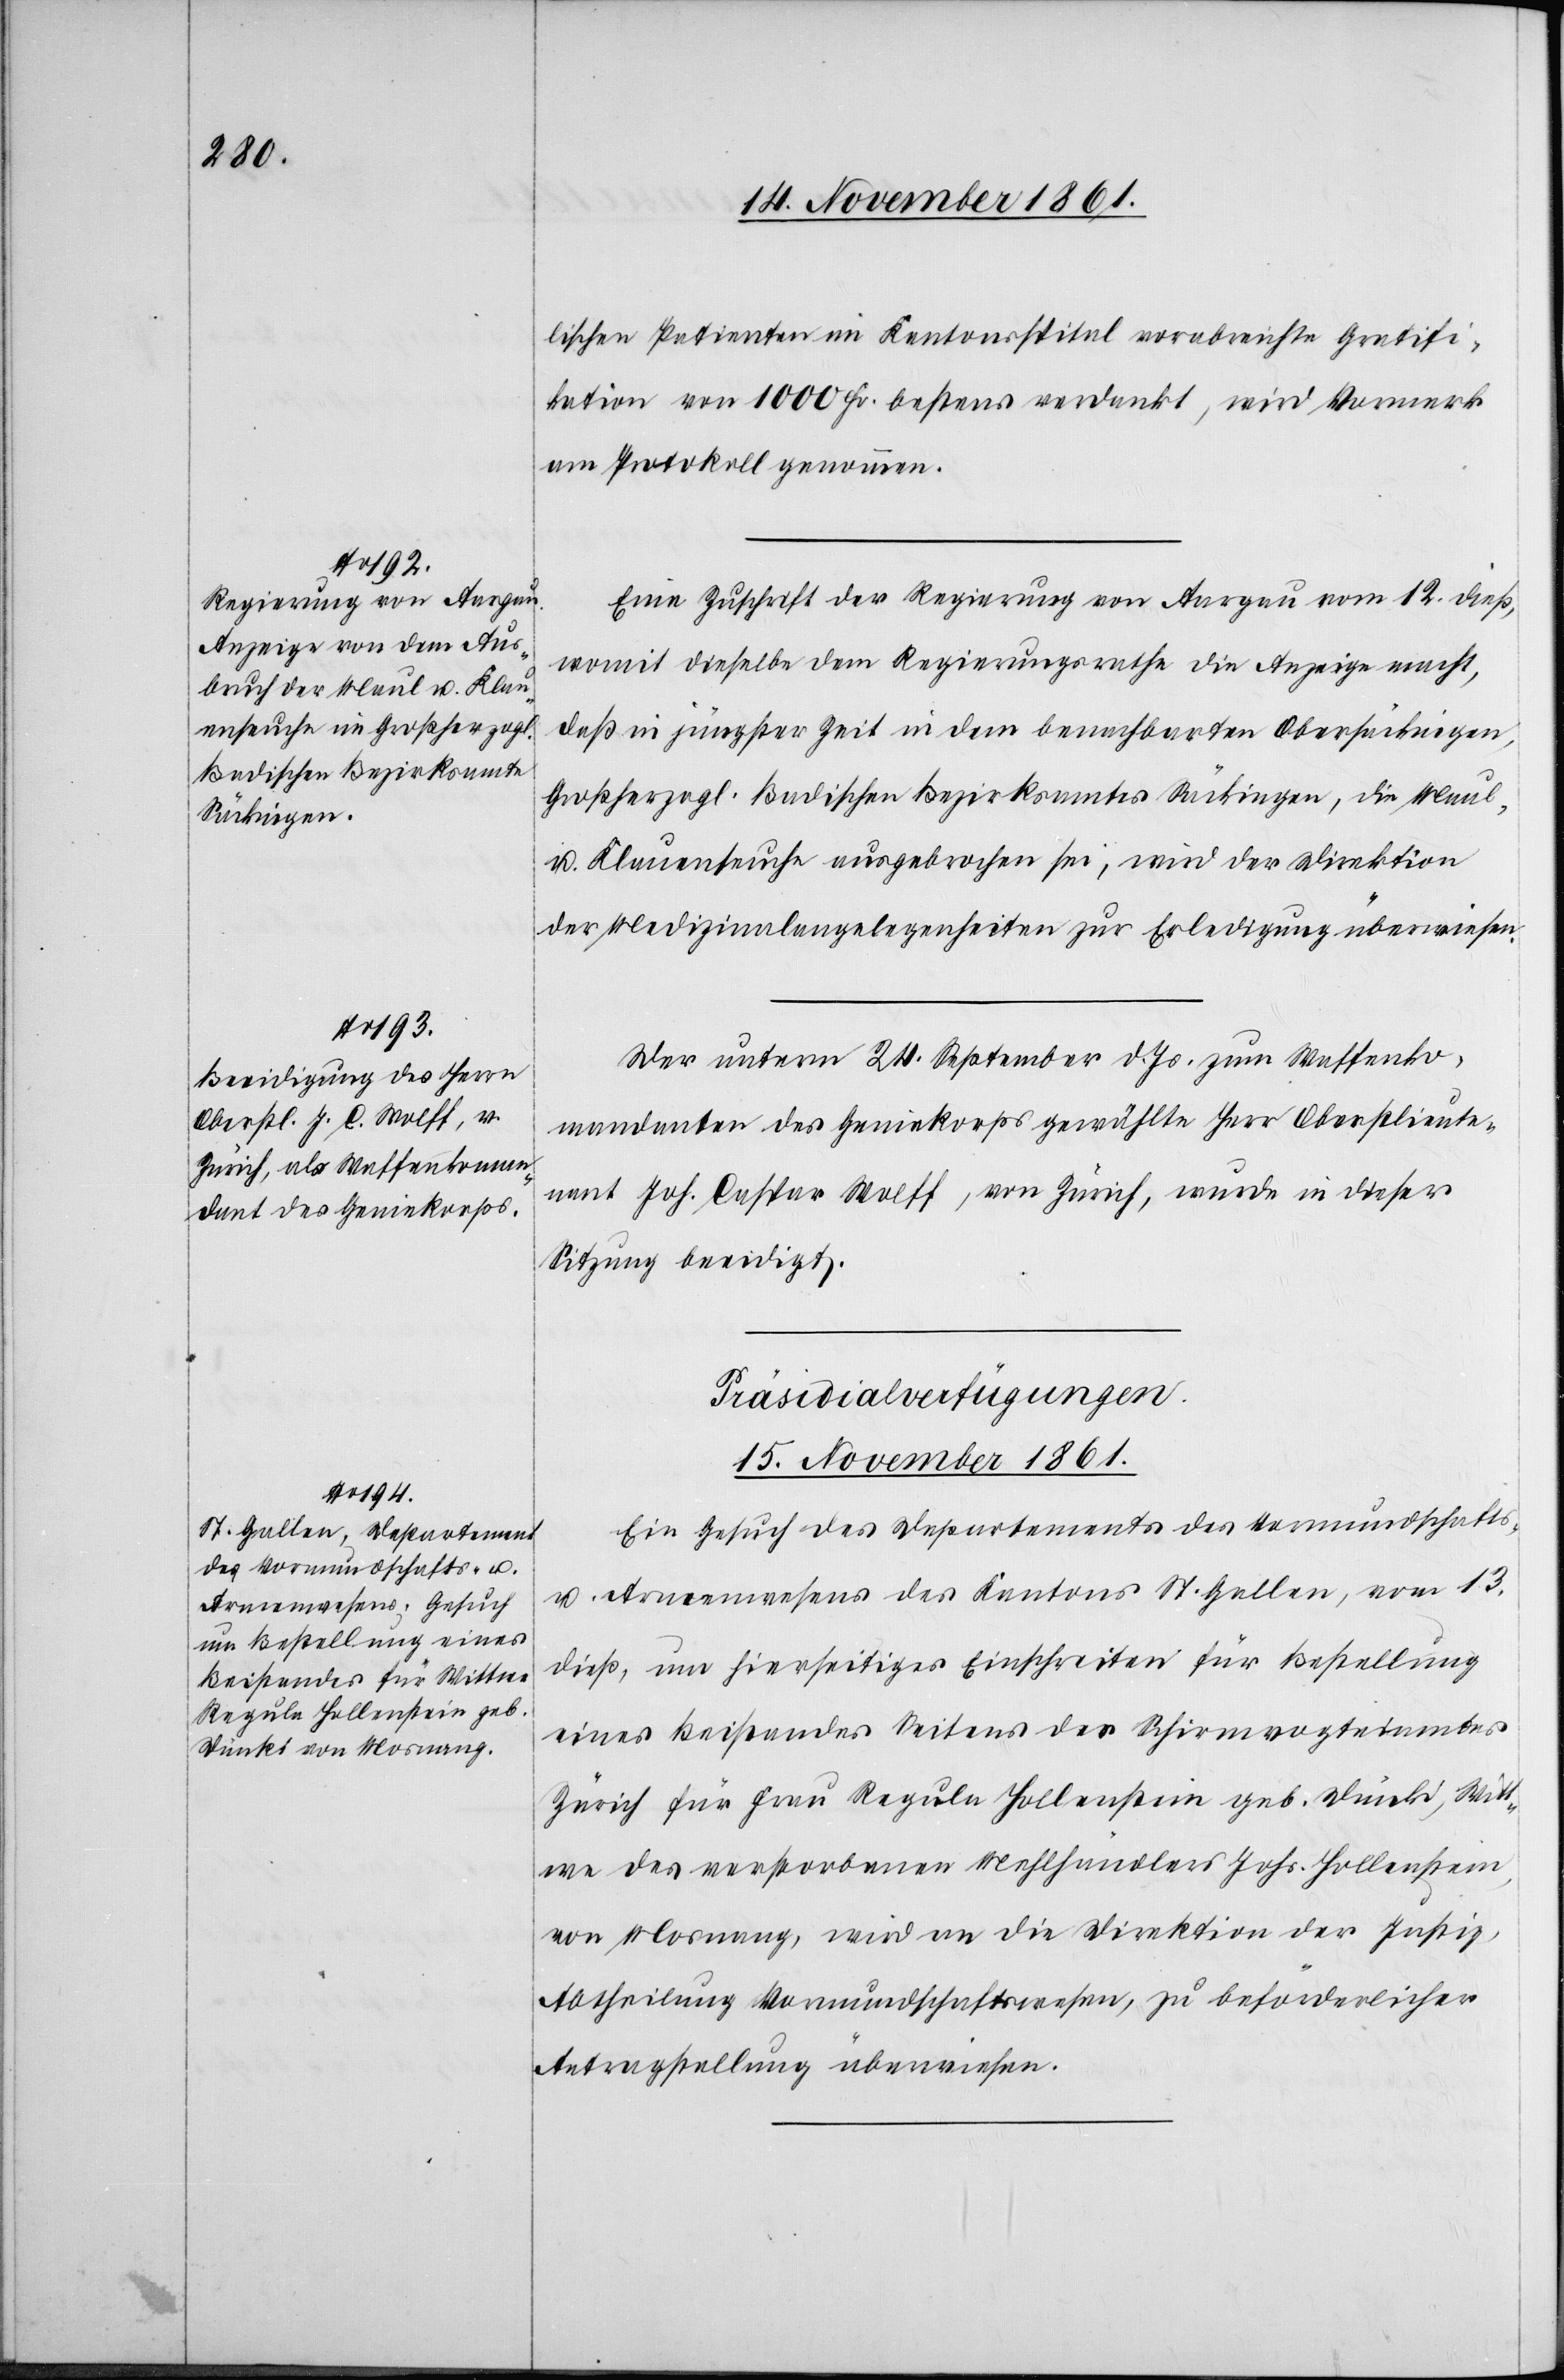
lischen Patienten im Kantonsspital verabreichte Gratifi¬
kation von 1000 Fr. bestens verdankt, wird Vormerk
am Protokoll genommen.
Eine Zuschrift der Regierung von Aargau vom 12 dieß,
womit dieselbe dem Regierungsrathe die Anzeige macht,
daß in jüngster Zeit, in dem benachbarten Obersäckingen,
Großherzogl. Badischen Bezirksamtes Säckingen, die Maul-
u. Klauenseuche ausgebrochen sei, wird der Direktion
der Medizinalangelegenheiten zur Erledigung überwiesen.
Der unterm 24 September d Js. zum Waffenko¬
mmandanten des Geniekorps gewählte Herr Oberstlieut¬
nant Joh. Caspar Wolff, von Zürich, wurde in dieser
Sitzung beeidigt.
Präsidial-Verfügungen.
15 November 1861.
Ein Gesuch des Departements des Vormundschafts-
u. Armenwesens des Kantons St. Gallen, vom 13
dieß, um hierseitiges Einschreiten für Bestellung
eines Beistandes Seitens des Schirmvogteiamtes
Zürich für Frau Regula Hollenstein geb. Dünki, Witt¬
we des verstorbenen Mehlhändlers Joh. Hollenstein,
von Mosnang, wird an die Direktion der Justiz,
Abtheilung Vormundschaftswesen, zu beförderlicher
Antragstellung überwiesen.